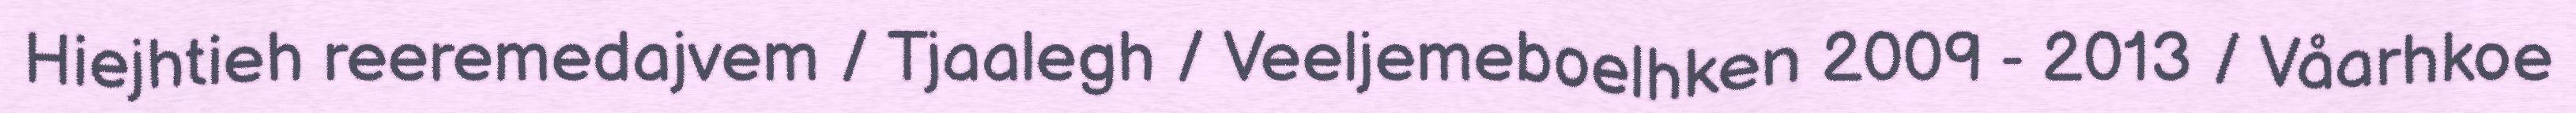
Hiejhtieh reeremedajvem / Tjaalegh / Veeljemeboelhken 2009 - 2013 / Våarhkoe